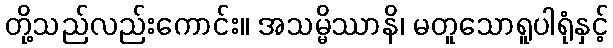
တို့သည်လည်းကောင်း။ အသမ္မိဿာနိ၊ မတူသောရူပါရုံနှင့်